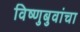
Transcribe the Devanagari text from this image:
विष्णुबुवांचा